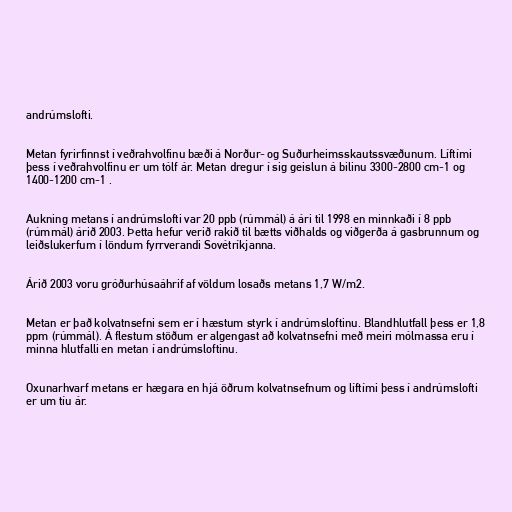
andrúmslofti.

Metan fyrirfinnst í veðrahvolfinu bæði á Norður- og Suðurheimsskautssvæðunum. Líftími
þess í veðrahvolfinu er um tólf ár. Metan dregur í sig geislun á bilinu 3300-2800 cm-1 og
1400-1200 cm-1 .

Aukning metans í andrúmslofti var 20 ppb (rúmmál) á ári til 1998 en minnkaði í 8 ppb
(rúmmál) árið 2003. Þetta hefur verið rakið til bætts viðhalds og viðgerða á gasbrunnum og
leiðslukerfum í löndum fyrrverandi Sovétríkjanna.

Árið 2003 voru gróðurhúsaáhrif af völdum losaðs metans 1,7 W/m2.

Metan er það kolvatnsefni sem er í hæstum styrk í andrúmsloftinu. Blandhlutfall þess er 1,8
ppm (rúmmál). Á flestum stöðum er algengast að kolvatnsefni með meiri mólmassa eru í
minna hlutfalli en metan í andrúmsloftinu.

Oxunarhvarf metans er hægara en hjá öðrum kolvatnsefnum og líftími þess í andrúmslofti
er um tíu ár.